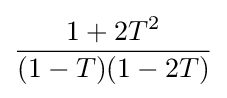
{\frac {1+2T^{2}}{(1-T)(1-2T)}}